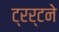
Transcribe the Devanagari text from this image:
ट्रर्टने